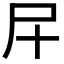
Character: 𱚰